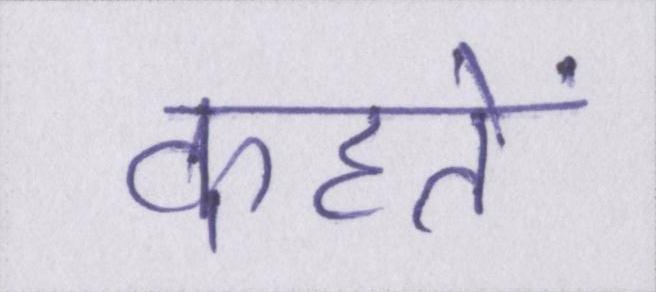
कहतें